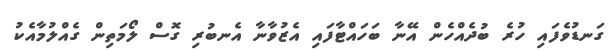
ގަނޑުވެފައި ހުރެ ބުދެއްހެން އޭނާ ބަހައްޓާފައި އެޒުވާނާ އެނބުރި ގޮސް ލޯމަތިން ގެއްލުމާއެކު